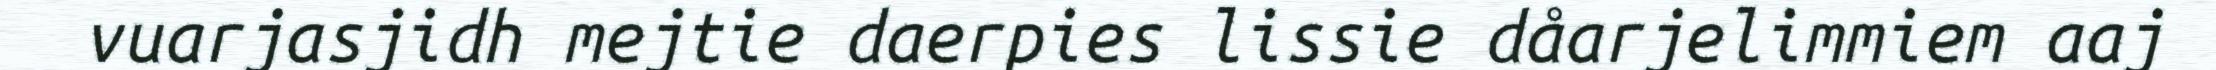
vuarjasjidh mejtie daerpies lissie dåarjelimmiem aaj